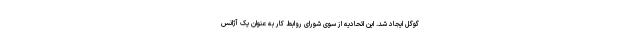
گوگل ایجاد شد. این اتحادیه از سوی شورای روابط کار به عنوان یک آژانس